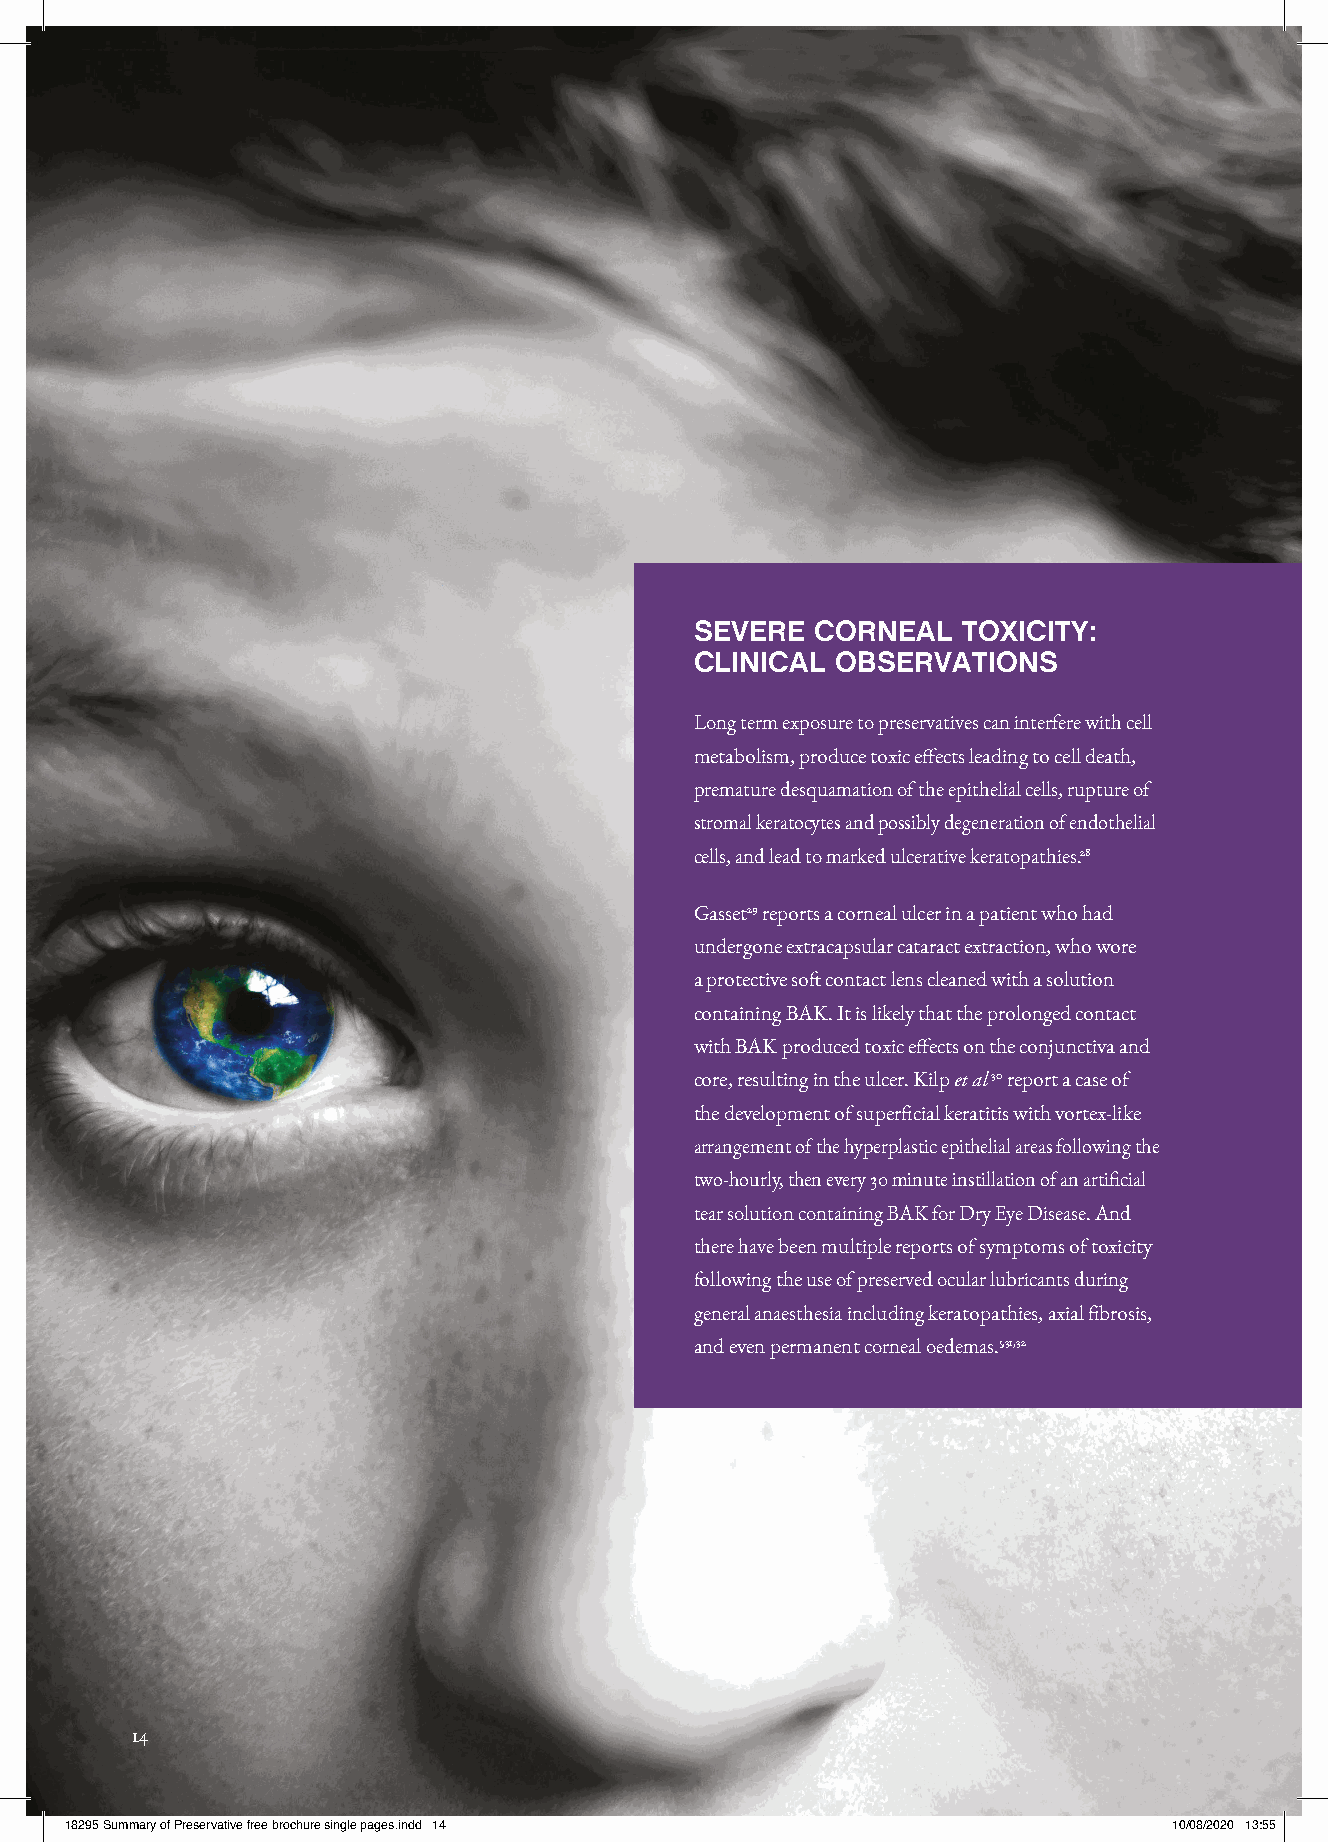
SEVERE  CORNEAL   TOXICITY:
 CLINICAL OBSERVATIONS
 Long term exposure to preservatives can interfere with cell
 metabolism, produce toxic effects leading to cell death,
 premature desquamation of the epithelial cells, rupture of
 stromal keratocytes and possibly degeneration of endothelial
 cells, and lead to marked ulcerative keratopathies.28
 Gasset29 reports a corneal ulcer in a patient who had
 undergone extracapsular cataract extraction, who wore
 a protective soft contact lens cleaned with a solution
 containing BAK. It is likely that the prolonged contact
 with BAK produced toxic effects on the conjunctiva and
 core, resulting in the ulcer. Kilp et al30 report a case of
 the development of superficial keratitis with vortex-like
 arrangement of the hyperplastic epithelial areas following the
 two-hourly, then every 30 minute instillation of an artificial
 tear solution containing BAK for Dry Eye Disease. And
 there have been multiple reports of symptoms of toxicity
 following the use of preserved ocular lubricants during
 general anaesthesia including keratopathies, axial fibrosis,
 and even permanent corneal oedemas.5,31,32
 14
 1188229955 SSuummmmaarryy ooff PPrreesseerrvvaattiivvee ffrreeee bbrroocchhuurree ssiinnggllee ppaaggeess..iinndddd 1144 1100//0088//22002200 1133::5555